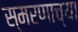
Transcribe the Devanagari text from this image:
स्मरणाच्या